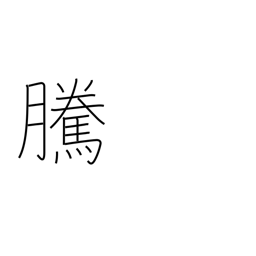
Meaning: going